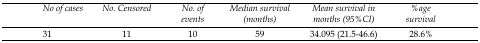
| No of cases | No. Censored | No. of events | Median survival (months) | Mean survival in months (95%CI) | %age survival |
 | --- | --- | --- | --- | --- | --- |
 | 31 | 11 | 10 | 59 | 34.095 (21.5-46.6) | 28.6% |